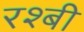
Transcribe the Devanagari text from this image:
रश्बी